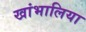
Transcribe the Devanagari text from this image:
खांभालिया